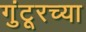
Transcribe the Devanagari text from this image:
गुंटूरच्या